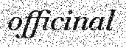
officinal